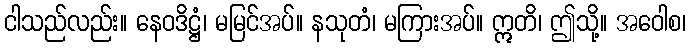
ငါသည်လည်း။ နေဝဒိဋ္ဌံ၊ မမြင်အပ်။ နသုတံ၊ မကြားအပ်။ ဣတိ၊ ဤသို့။ အဝေါစ၊